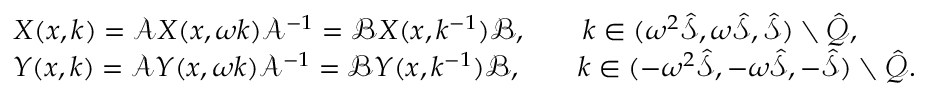
\begin{array} { r l } & { X ( x , k ) = \mathcal { A } X ( x , \omega k ) \mathcal { A } ^ { - 1 } = \mathcal { B } X ( x , k ^ { - 1 } ) \mathcal { B } , \qquad k \in ( \omega ^ { 2 } \hat { \mathcal { S } } , \omega \hat { \mathcal { S } } , \hat { \mathcal { S } } ) \setminus \hat { \mathcal { Q } } , } \\ & { Y ( x , k ) = \mathcal { A } Y ( x , \omega k ) \mathcal { A } ^ { - 1 } = \mathcal { B } Y ( x , k ^ { - 1 } ) \mathcal { B } , \qquad k \in ( - \omega ^ { 2 } \hat { \mathcal { S } } , - \omega \hat { \mathcal { S } } , - \hat { \mathcal { S } } ) \setminus \hat { \mathcal { Q } } . } \end{array}